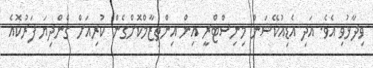
ވިދާޅުވި އެވެ. އަދި އެޑިއުކޭޝަން މިނިސްޓްރީ އިން އިންތިޒާމްކޮށްގެން ކުރިއަށް ގެންދިޔަ ފަރުކޮއެ